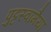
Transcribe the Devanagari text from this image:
पुट्टस्वामैया